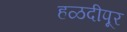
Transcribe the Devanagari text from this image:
हळदीपूर